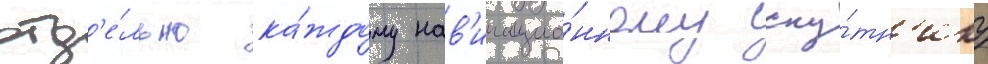
отд'е́льно ка́ждому нав'игацио́нному спу́тн'ику